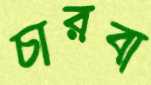
চারবা